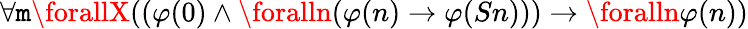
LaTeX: \forall\mathtt{m}\forallX((\varphi(0)\land\foralln(\varphi(n)\rightarrow\varphi(Sn)))\rightarrow\foralln\varphi(n))